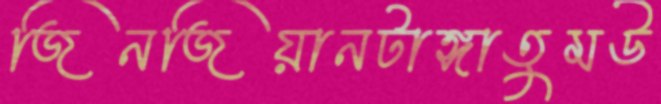
জিনজিয়ানটাঙ্গাতুমউ